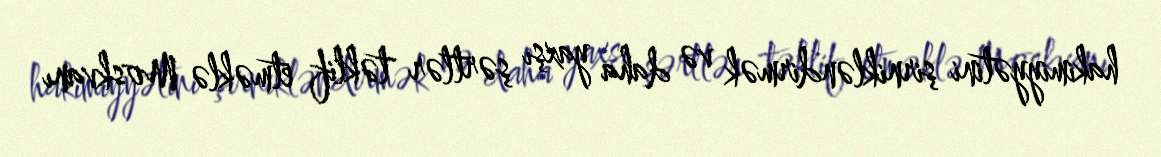
hakimiyyətini şirnikləndirmək və daha yaxşı şərtlər təklif etməklə Moskvanı